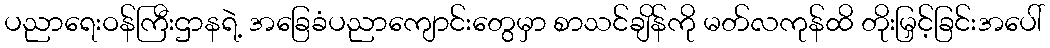
ပညာရေးဝန်ကြီးဌာနရဲ့ အခြေခံပညာကျောင်းတွေမှာ စာသင်ချိန်ကို မတ်လကုန်ထိ တိုးမြှင့်ခြင်းအပေါ်